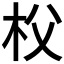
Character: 𣏤